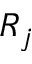
R _ { j }